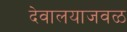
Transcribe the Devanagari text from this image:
देवालयाजवळ